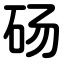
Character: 砀